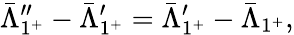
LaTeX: {\bar{\Lambda}}_{1^{+}}^{\prime\prime}-{\bar{\Lambda}}_{1^{+}}^{\prime}={\bar{\Lambda}}_{1^{+}}^{\prime}-{\bar{\Lambda}}_{1^{+}},